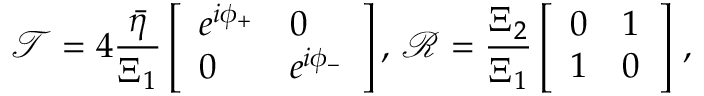
\mathcal { T } = 4 \frac { \bar { \eta } } { \Xi _ { 1 } } \left[ \begin{array} { l l } { e ^ { i \phi _ { + } } } & { 0 } \\ { 0 } & { e ^ { i \phi _ { - } } } \end{array} \right] , \, \mathcal { R } = \frac { \Xi _ { 2 } } { \Xi _ { 1 } } \left[ \begin{array} { l l } { 0 } & { 1 } \\ { 1 } & { 0 } \end{array} \right] \, ,